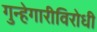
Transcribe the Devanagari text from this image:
गुन्हेगारीविरोधी